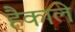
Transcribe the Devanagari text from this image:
हैकाले